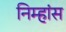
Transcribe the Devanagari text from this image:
निम्हांस